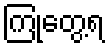
ကြုံတွေ့ရ